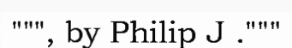
""", by Philip J ."""